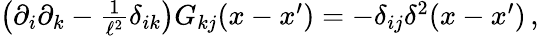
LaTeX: \begin{array}{r}{\left(\partial_{i}\partial_{k}-\frac{1}{\ell^{2}}\delta_{ik}\right)G_{kj}(x-x^{\prime})=-\delta_{ij}\delta^{2}(x-x^{\prime})\, ,}\end{array}